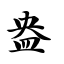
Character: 盎